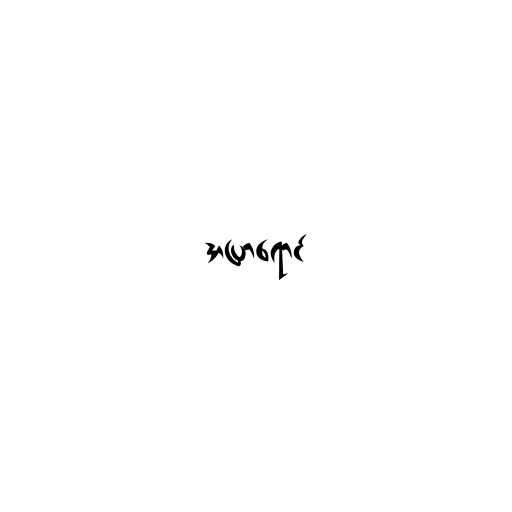
အပြာရောင်